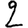
Digit: 2